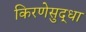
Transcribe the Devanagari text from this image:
किरणेसुद्धा